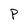
Character: P